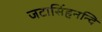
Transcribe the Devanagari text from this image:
जटासिंहनन्दि